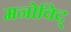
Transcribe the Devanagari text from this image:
मनोविद्